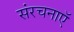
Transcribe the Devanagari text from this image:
संरचनाएॅ